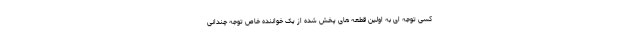
کسی توجه ای به اولین قطعه های پخش شده از یک خواننده خاص توجه چندانی